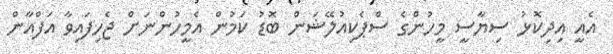
އެއީ އިދިކޮޅު ސިޔާސީ މީހުންގެ ސްޕެކިއުލޭޝަން ބޮޑު ކަމުން އެމީހުންނަށް ޖެހިފައިވާ އަފްއާން